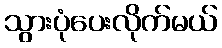
သွားပုံပေးလိုက်မယ်